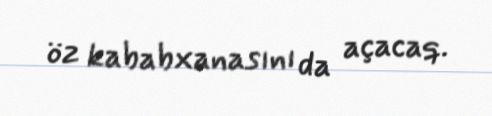
öz kababxanasını da açacaq.